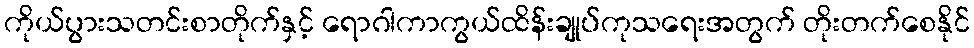
ကိုယ်ပွားသတင်းစာတိုက်နှင့် ရောဂါကာကွယ်ထိန်းချုပ်ကုသရေးအတွက် တိုးတက်စေနိုင်